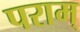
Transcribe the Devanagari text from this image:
पराम्